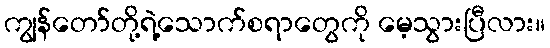
ကျွန်တော်တို့ရဲ့သောက်စရာတွေကို မေ့သွားပြီလား။